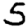
Digit: 5